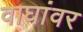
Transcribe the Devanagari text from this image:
वाघांवर